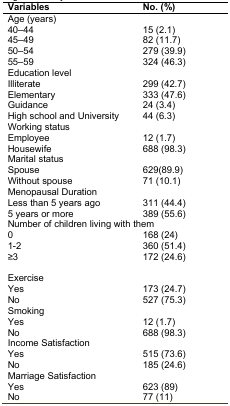
<table><thead><tr><td><b>Variables</b></td><td><b>No.(%) </b></td></tr></thead><tbody><tr><td colspan="2">Age(years)</td></tr><tr><td>40–44</td><td>15 (2.1)</td></tr><tr><td>45–49</td><td>82 (11.7)</td></tr><tr><td>50–54</td><td>279 (39.9)</td></tr><tr><td>55–59</td><td>324 (46.3)</td></tr><tr><td colspan="2">Education level</td></tr><tr><td>Illiterate</td><td>299 (42.7)</td></tr><tr><td>Elementary</td><td>333(47.6)</td></tr><tr><td>Guidance</td><td>24 (3.4)</td></tr><tr><td>High school and University</td><td>44 (6.3)</td></tr><tr><td colspan="2">Working status</td></tr><tr><td>Employee</td><td>12 (1.7)</td></tr><tr><td>Housewife</td><td>688 (98.3)</td></tr><tr><td>Marital status</td><td></td></tr><tr><td>Spouse</td><td>629(89.9)</td></tr><tr><td>Without spouse</td><td>71 (10.1)</td></tr><tr><td colspan="2">Menopausal Duration</td></tr><tr><td>Less than 5 years ago</td><td>311 (44.4)</td></tr><tr><td>5 years or more</td><td>389 (55.6)</td></tr><tr><td colspan="2">Number of children living with them</td></tr><tr><td>0</td><td>168 (24)</td></tr><tr><td>1-2</td><td>360 (51.4)</td></tr><tr><td>≥3</td><td>172 (24.6)</td></tr><tr><td colspan="2">Exercise</td></tr><tr><td>Yes</td><td>173 (24.7)</td></tr><tr><td>No</td><td>527 (75.3)</td></tr><tr><td colspan="2">Smoking</td></tr><tr><td>Yes</td><td>12 (1.7)</td></tr><tr><td>No</td><td>688 (98.3)</td></tr><tr><td colspan="2">Income Satisfaction</td></tr><tr><td>Yes</td><td>515 (73.6)</td></tr><tr><td>No</td><td>185 (24.6)</td></tr><tr><td colspan="2">Marriage Satisfaction</td></tr><tr><td>Yes</td><td>623 (89)</td></tr><tr><td>No</td><td>77 (11)</td></tr></tbody></table>